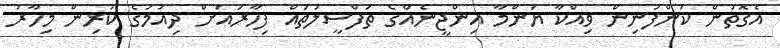
އެގޮތުން ކުންފުނިން ވިއްކާ ޔަންމާ އިންޖީނެއްގެ ތަފްސީލުތައް ފިހާރައަށް ދިއުމުގެ ކުރިން މިހާރު